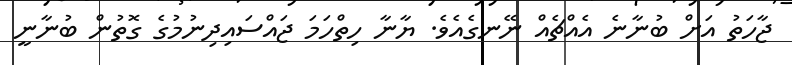
ޖާހަތު އަށް ބުނާނެ އެއްޗެއް ނޭނގެއެވެ. ޔާނާ ހިތްހަމަ ޖައްސައިދިނުމުގެ ގޮތުން ބުނާނީ